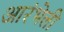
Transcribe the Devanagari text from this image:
आरंभेली